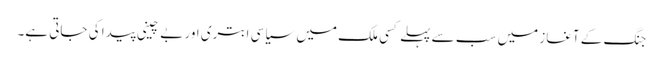
جنگ کے آغاز میں سب سے پہلے کسی ملک میں سیاسی ابتری اور بے چینی پیدا کی جاتی ہے۔